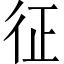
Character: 征